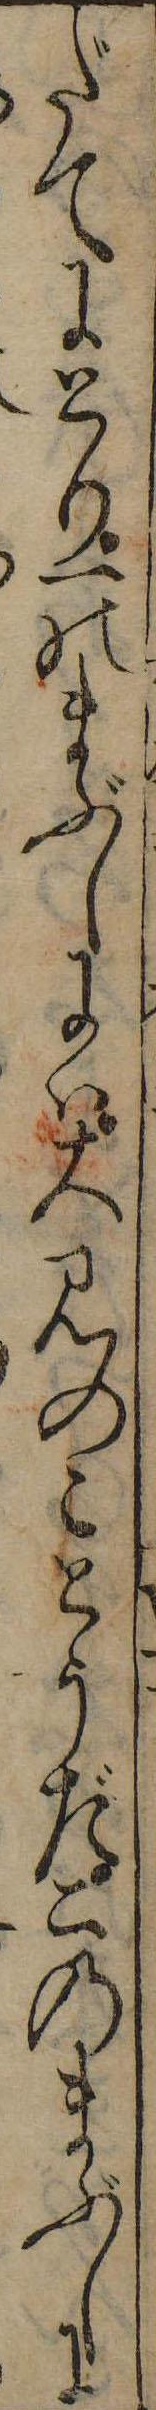
だてにとり一のまぶしには大見のことうだこのまぶしに